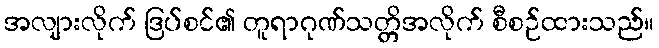
အလျားလိုက် ဒြပ်စင်၏ တူရာဂုဏ်သတ္တိအလိုက် စီစဉ်ထားသည်။